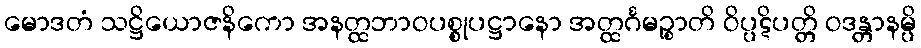
မောဒတံ သဋ္ဌိယောဇနိကော အနတ္ထဘာဝပစ္စုပဋ္ဌာနော အတ္ထင်္ဂမဉ္စာတိ ဝိပ္ပဋိပတ္တိ ဝဒန္တာနမ္ပိ